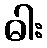
ဓါး